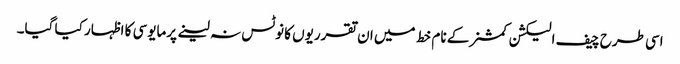
اسی طرح چیف الیکشن کمشنر کے نام خط میں ان تقرریوں کا نوٹس نہ لینے پرمایوسی کا اظہار کیا گیا۔